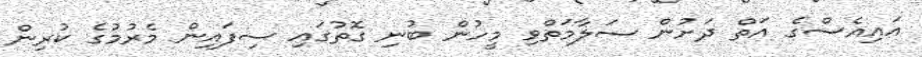
އައިއެސްގެ އަތް ދަށުން ސަލާމަތްވި މީހުން ބުނި ގޮތުގައި ސިފައިން މެރުމުގެ ކުރިން